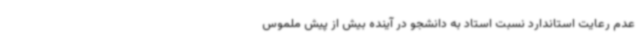
عدم رعایت استاندارد نسبت استاد به دانشجو در آینده بیش از پیش ملموس